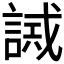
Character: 𧪖